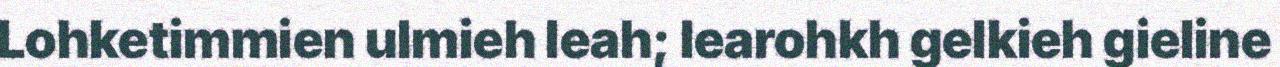
Lohketimmien ulmieh leah; learohkh gelkieh gieline